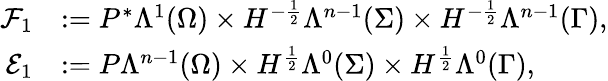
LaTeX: \begin{array}{rl}{\mathcal{F}_{1}}&{:=P^{\ast}\Lambda^{1}(\Omega)\times H^{-\frac{1}{2}}\Lambda^{n-1}(\Sigma)\times H^{-\frac{1}{2}}\Lambda^{n-1}(\Gamma),}\\ {\mathcal{E}_{1}}&{:=P\Lambda^{n-1}(\Omega)\times H^{\frac{1}{2}}\Lambda^{0}(\Sigma)\times H^{\frac{1}{2}}\Lambda^{0}(\Gamma),}\end{array}